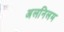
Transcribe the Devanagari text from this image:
अलनिलम